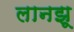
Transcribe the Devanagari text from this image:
लानझू